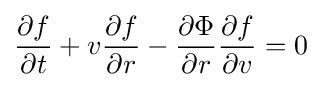
{\partial f \over \partial t}+v{\partial f \over \partial r}-{\partial \Phi  \over \partial r}{\partial f \over \partial v}=0